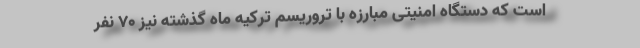
است که دستگاه امنیتی مبارزه با تروریسم ترکیه ماه گذشته نیز ۷۰ نفر